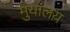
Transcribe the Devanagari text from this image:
मु़यालय